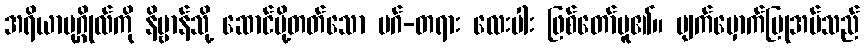
အရိယာပုဂ္ဂိုလ်ကို နိဗ္ဗာန်သို့ ဆောင်ပို့တတ်သော မဂ်-တရား လေးပါး ဖြစ်တော်မူ၏။ မျက်မှောက်ပြုအပ်သည်